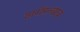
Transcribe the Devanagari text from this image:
शरीरत्वाय